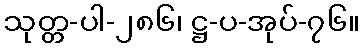
သုတ္တ-ပါ-၂၈၆၊ ဋ္ဌ-ပ-အုပ်-၇၆။